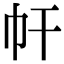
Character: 𢁗